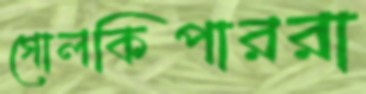
গোলকিপাররা